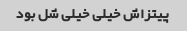
پیتزاش خیلی خیلی شل بود